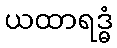
ယထာရဒ္ဓံ